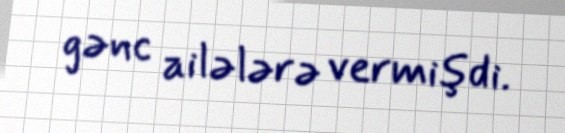
gənc ailələrə vermişdi.